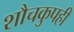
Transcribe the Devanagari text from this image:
शौचकुपही